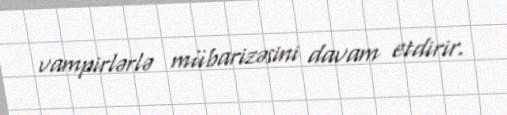
vampirlərlə mübarizəsini davam etdirir.